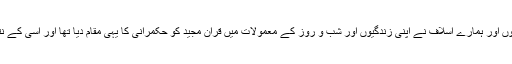
قرن اول اور خیر القرون کے مسلمانوں اور ہمارے اسلاف نے اپنی زندگیوں اور شب و روز کے معمولات میں قران مجید کو حکمرانی کا یہی مقام دیا تھا اور اسی کے نتیجہ وہ دنیا کے حکمراں بنے تھے ۔